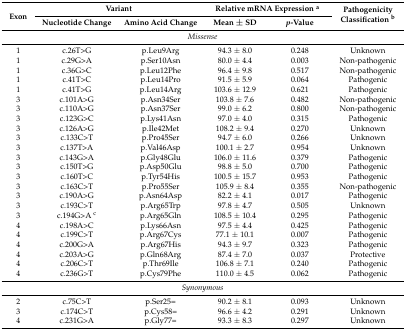
<table><thead><tr><td rowspan="2"><b>Exon</b></td><td colspan="2"><b>Variant</b></td><td colspan="2"><b>Relative mRNA Expression <sup>a</sup></b></td><td rowspan="2"><b>Pathogenicity Classification <sup>b</sup></b></td></tr><tr><td><b>Nucleotide Change</b></td><td><b>Amino Acid Change</b></td><td><b>Mean ± SD</b></td><td><b><i>p</i>-Value</b></td></tr></thead><tbody><tr><td colspan="6"><i>Missense</i></td></tr><tr><td>1</td><td>c.26T&gt;G</td><td>p.Leu9Arg</td><td>94.3 ± 8.0</td><td>0.248</td><td>Unknown</td></tr><tr><td>1</td><td>c.29G&gt;A</td><td>p.Ser10Asn</td><td>80.0 ± 4.4</td><td>0.003</td><td>Non-pathogenic</td></tr><tr><td>1</td><td>c.36G&gt;C</td><td>p.Leu12Phe</td><td>96.4 ± 9.8</td><td>0.517</td><td>Non-pathogenic</td></tr><tr><td>1</td><td>c.41T&gt;C</td><td>p.Leu14Pro</td><td>91.5 ± 5.9</td><td>0.064</td><td>Pathogenic</td></tr><tr><td>1</td><td>c.41T&gt;G</td><td>p.Leu14Arg</td><td>103.6 ± 12.9</td><td>0.621</td><td>Pathogenic</td></tr><tr><td>3</td><td>c.101A&gt;G</td><td>p.Asn34Ser</td><td>103.8 ± 7.6</td><td>0.482</td><td>Non-pathogenic</td></tr><tr><td>3</td><td>c.110A&gt;G</td><td>p.Asn37Ser</td><td>99.0 ± 6.2</td><td>0.800</td><td>Non-pathogenic</td></tr><tr><td>3</td><td>c.123G&gt;C</td><td>p.Lys41Asn</td><td>97.0 ± 4.0</td><td>0.315</td><td>Pathogenic</td></tr><tr><td>3</td><td>c.126A&gt;G</td><td>p.Ile42Met</td><td>108.2 ± 9.4</td><td>0.270</td><td>Unknown</td></tr><tr><td>3</td><td>c.133C&gt;T</td><td>p.Pro45Ser</td><td>94.7 ± 6.0</td><td>0.266</td><td>Unknown</td></tr><tr><td>3</td><td>c.137T&gt;A</td><td>p.Val46Asp</td><td>100.1 ± 2.7</td><td>0.954</td><td>Unknown</td></tr><tr><td>3</td><td>c.143G&gt;A</td><td>p.Gly48Glu</td><td>106.0 ± 11.6</td><td>0.379</td><td>Pathogenic</td></tr><tr><td>3</td><td>c.150T&gt;G</td><td>p.Asp50Glu</td><td>98.8 ± 5.0</td><td>0.700</td><td>Pathogenic</td></tr><tr><td>3</td><td>c.160T&gt;C</td><td>p.Tyr54His</td><td>100.5 ± 15.7</td><td>0.953</td><td>Pathogenic</td></tr><tr><td>3</td><td>c.163C&gt;T</td><td>p.Pro55Ser</td><td>105.9 ± 8.4</td><td>0.355</td><td>Non-pathogenic</td></tr><tr><td>3</td><td>c.190A&gt;G</td><td>p.Asn64Asp</td><td>82.2 ± 4.1</td><td>0.017</td><td>Pathogenic</td></tr><tr><td>3</td><td>c.193C&gt;T</td><td>p.Arg65Trp</td><td>97.8 ± 4.7</td><td>0.505</td><td>Unknown</td></tr><tr><td>3</td><td>c.194G&gt;A <sup>c</sup></td><td>p.Arg65Gln</td><td>108.5 ± 10.4</td><td>0.295</td><td>Pathogenic</td></tr><tr><td>4</td><td>c.198A&gt;C</td><td>p.Lys66Asn</td><td>97.5 ± 4.4</td><td>0.425</td><td>Pathogenic</td></tr><tr><td>4</td><td>c.199C&gt;T</td><td>p.Arg67Cys</td><td>77.1 ± 10.1</td><td>0.007</td><td>Pathogenic</td></tr><tr><td>4</td><td>c.200G&gt;A</td><td>p.Arg67His</td><td>94.3 ± 9.7</td><td>0.323</td><td>Pathogenic</td></tr><tr><td>4</td><td>c.203A&gt;G</td><td>p.Gln68Arg</td><td>87.4 ± 7.0</td><td>0.037</td><td>Protective</td></tr><tr><td>4</td><td>c.206C&gt;T</td><td>p.Thr69Ile</td><td>106.8 ± 7.1</td><td>0.240</td><td>Pathogenic</td></tr><tr><td>4</td><td>c.236G&gt;T</td><td>p.Cys79Phe</td><td>110.0 ± 4.5</td><td>0.062</td><td>Pathogenic</td></tr><tr><td colspan="6"><i>Synonymous</i></td></tr><tr><td>2</td><td>c.75C&gt;T</td><td>p.Ser25=</td><td>90.2 ± 8.1</td><td>0.093</td><td>Unknown</td></tr><tr><td>3</td><td>c.174C&gt;T</td><td>p.Cys58=</td><td>96.6 ± 4.2</td><td>0.291</td><td>Unknown</td></tr><tr><td>4</td><td>c.231G&gt;A</td><td>p.Gly77=</td><td>93.3 ± 8.3</td><td>0.297</td><td>Unknown</td></tr></tbody></table>